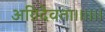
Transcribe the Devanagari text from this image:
अग्निदेवता।।।।।।